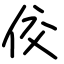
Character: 佼